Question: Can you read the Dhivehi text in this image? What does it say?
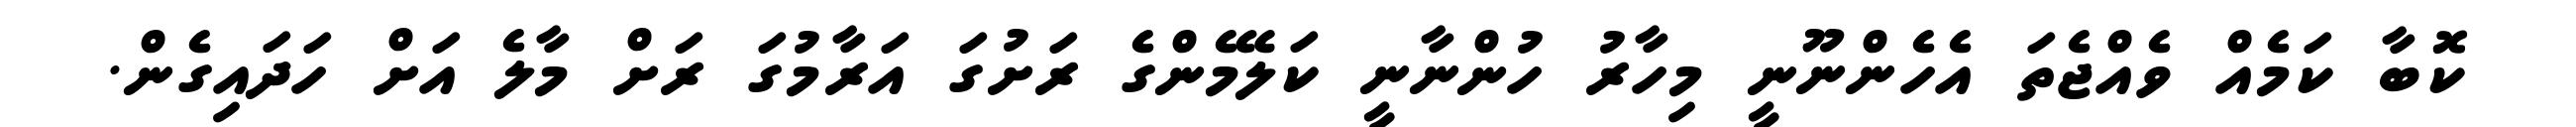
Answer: ކޮބާ ކަމެއް ވެއްޖެތަ އެހެންނޫނީ މިހާރު ހުންނާނީ ކަލޭމެންގެ ރަށުގަ އަރާމުގަ ރަށް މާލެ އަށް ހަދައިގެން.